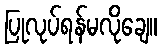
ပြုလုပ်ရန်မလိုချေ။